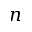
n